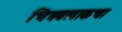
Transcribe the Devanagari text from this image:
चित्रबलाकचा